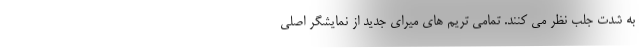
به شدت جلب نظر می کنند. تمامی تریم های میرای جدید از نمایشگر اصلی